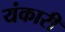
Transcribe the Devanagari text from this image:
यंकारी